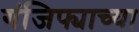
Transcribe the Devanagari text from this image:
गंजिफ्याच्या